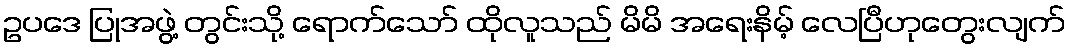
ဥပဒေ ပြုအဖွဲ့ တွင်းသို့ ရောက်သော် ထိုလူသည် မိမိ အရေးနိမ့် လေပြီဟုတွေးလျက်